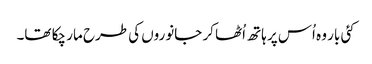
کئی بار وہ اُس پر ہاتھ اُٹھا کر جانوروں کی طرح مار چکا تھا۔